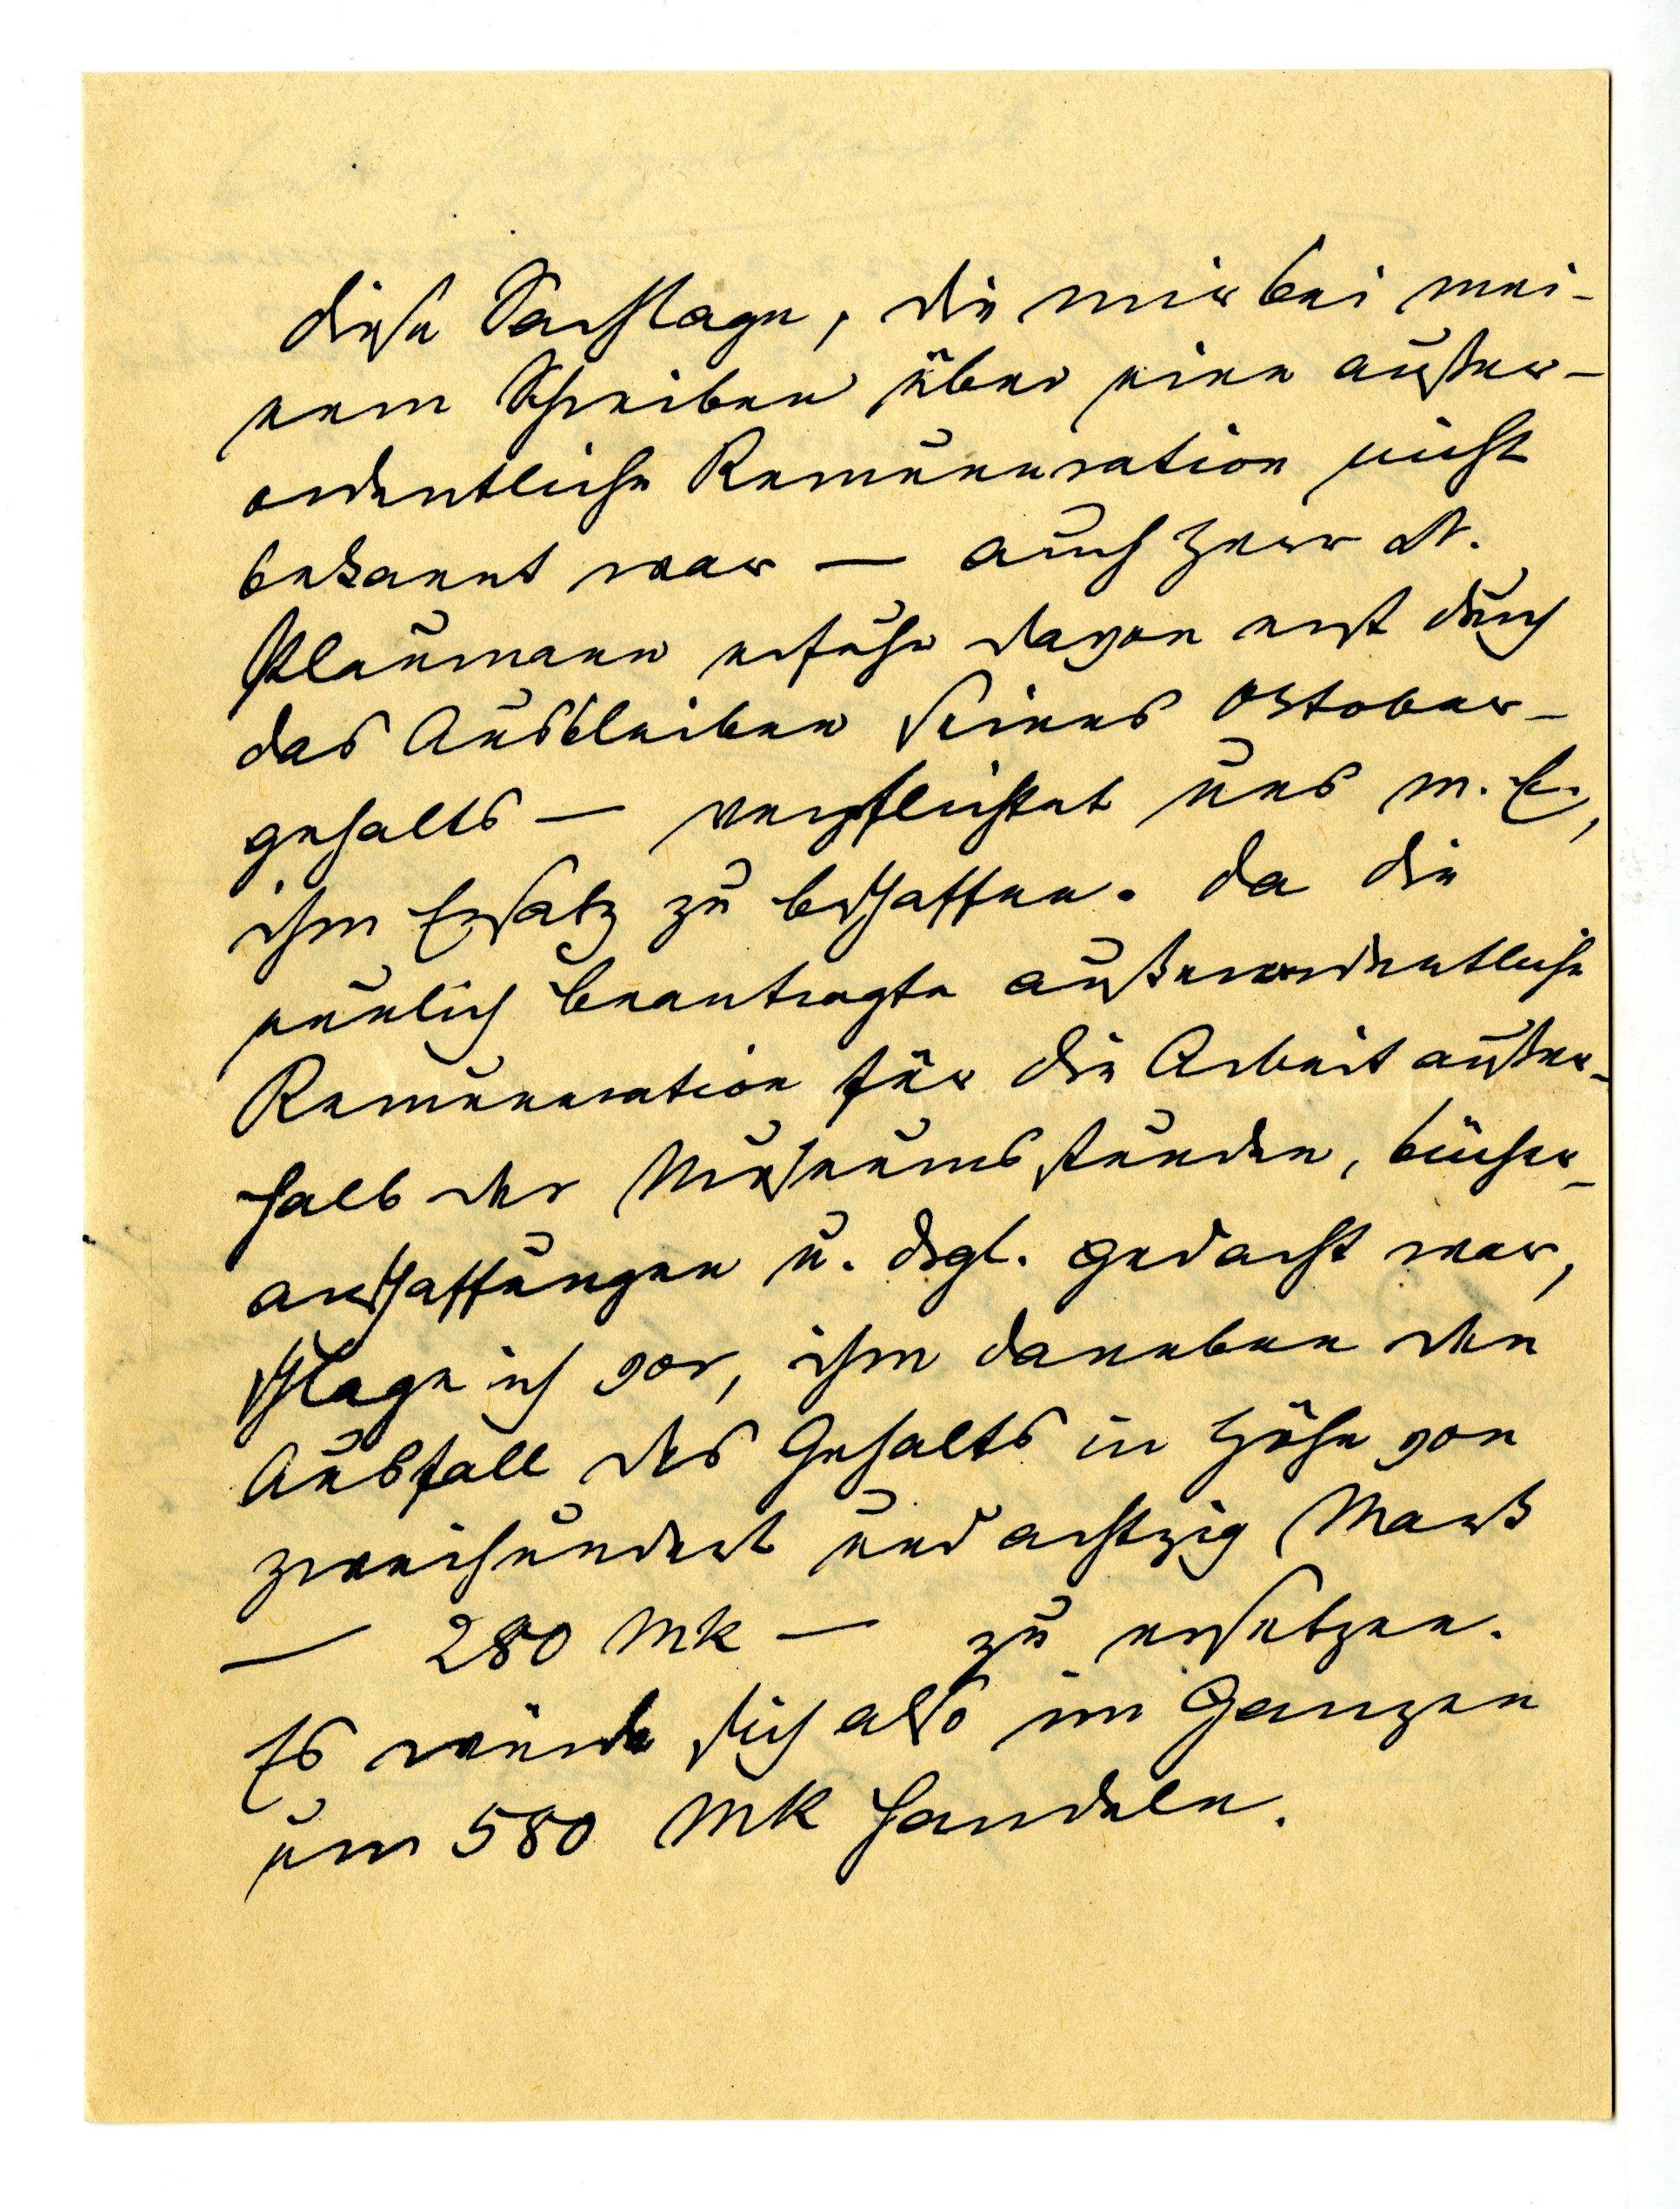
Diese Sachlage, die mir bei mei¬
nem Schreiben über eine außer¬
ordentliche Remuneration nicht
bekannt war - auch Herr Dr.
Plaumann erfuhr davon erst durch
das Ausbleiben seines Oktober¬
gehalts - verpflichtet uns m. E.,
ihm Ersatz zu beschaffen. Da die
neulich beantragte außerordentliche
Remuneration für die Arbeit außer¬
halb der Museumsarbeiten, Bücher¬
anschaffungen u. Vgl. gedacht war,
schlage ich vor, ihm daneben den
Ausfall des Gehalts in Höhe von
zweihundert und achtzig Mark
-280 Mk- zu ersetzen.
Es würde sich also im Ganzen
um 580 Mk handeln.